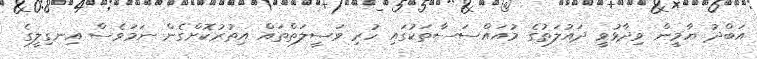
އަބްދު ޔާމީން ވިދާޅުވީ ދައުލަތުގެ މުއައްސަސާތަކުގައި ހުރި ވަސީލަތްތައް އިތުރުކޮށްގެން ނަމަވެސް އިނގިލީގެ